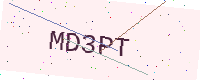
Text: MD3PT